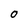
Character: o